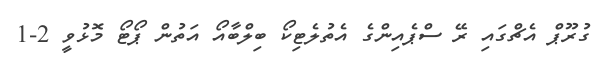
ގުރޫޕް އެޗްގައި ރޭ ސްޕެއިންގެ އެތުލެޓިކޯ ބިލްބާއޯ އަތުން ޕޯޓޯ މޮޅުވީ 2-1